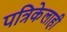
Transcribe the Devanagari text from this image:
पत्रिकेलाही